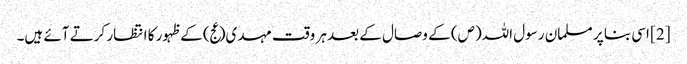
[2] اسی بنا پر مسلمان رسول اللہ(ص) کے وصال کے بعد ہر وقت مہدی(عج) کے ظہور کا انتظار کرتے آئے ہیں۔